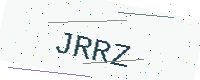
Text: JRRZ